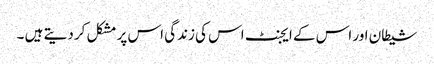
شیطان اور اس کے ایجنٹ اس کی زندگی اس پر مشکل کر دیتے ہیں ۔